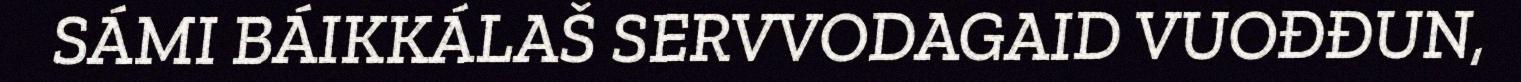
SÁMI BÁIKKÁLAŠ SERVVODAGAID VUOĐĐUN,